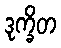
ဒုက္ခိတ